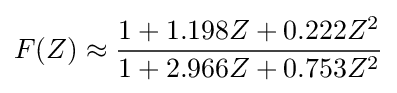
F(Z)\approx {\frac {1+1.198Z+0.222Z^{2}}{1+2.966Z+0.753Z^{2}}}